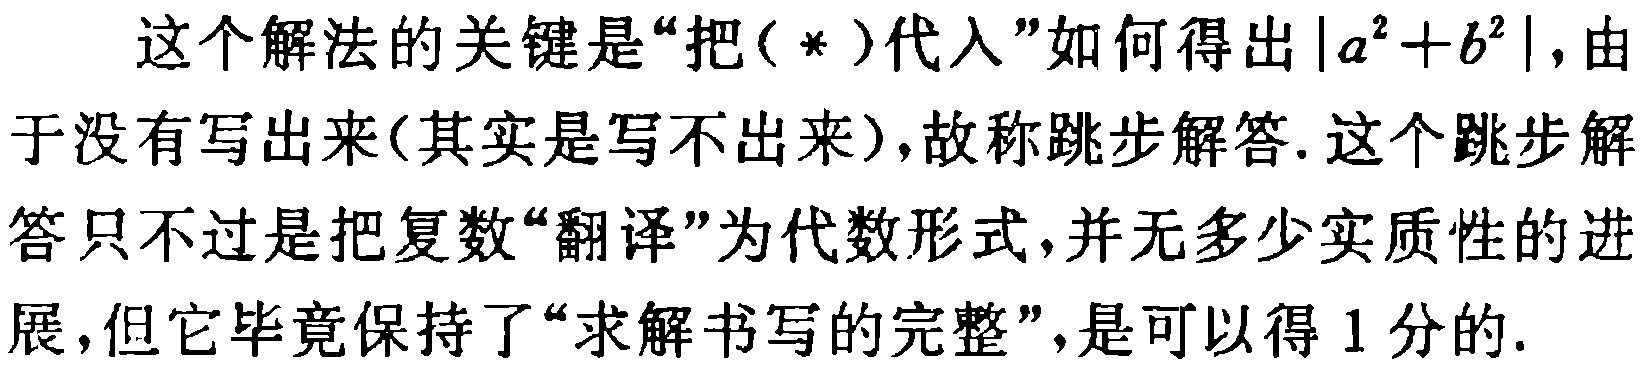
这个解法的关键是“把（*）代入”如何得出\(\vert a^{2}+b^{2}\vert\)，由于没有写出来(其实是写不出来)，故称跳步解答. 这个跳步解答只不过是把复数“翻译”为代数形式，并无多少实质性的进展，但它毕竟保持了“求解书写的完整”，是可以得 1 分的.